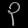
Digit: ၃